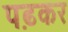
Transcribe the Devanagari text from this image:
प़ढकर